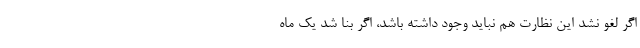
اگر لغو نشد این نظارت هم نباید وجود داشته باشد، اگر بنا شد یک ماه